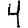
Digit: 4